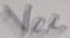
Text: VCC